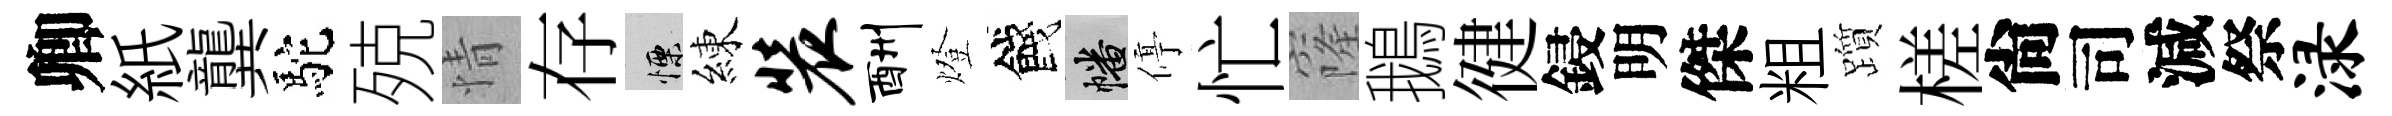
卿紙龔駝殑情存慄練装酬燈餞幡停忙窿鵝徤鋟明傑粗躓槎尙司減祭渌